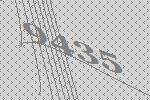
9435